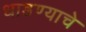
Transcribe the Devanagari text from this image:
धाडण्याचे